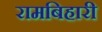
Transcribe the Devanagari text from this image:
रामबिहारी